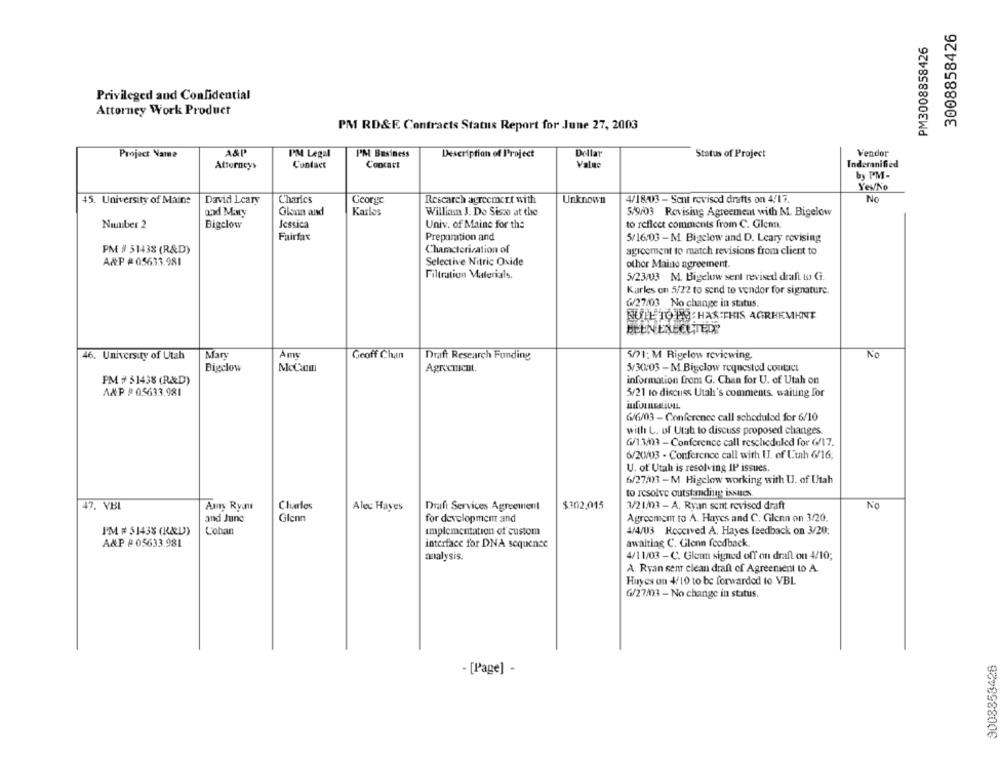
3008858426
PM3008858426
Privileged and Confidential
Attorney Work Product
PM RD&F. Contracts Status Report for June 27, 2003
A&P'
I'M Legal
Dellar
Vendor
Project Name
PM Business
Description of Project
Status of Project
Attorneys
Contact
Concart
Value
Indemnified
by PM-
Yes/No
Charles
Rescarch agreement with
No
45. University of Maine
David Leary
George
Unknown
4/18/03 - Sent revised drafts on 4/17.
Glenn and
Karlos
William J. Do Sisco at the
5/9/03 Revising Agreement with M. Bigelow
Niunber 2
Bigclow
Jessica
Univ. of Maine for the
to reflect comments from C. Glenn.
Fairfax
Preparation and
5/16/03 - M. Bigelow and D. Leary revising
PM # 31438 (R&D)
Chamcterisation of
agicement to match revisions from client to
A&P #05633.981
Selective Nitric Oxide
other Maino agreement.
Filtration Materials.
5/23/03 M. Bigelow sent revised draft to G.
Karles on 5/22 to send to vendor for signature.
6/27/03 No change in status.
BUTL TO PU HAS THIS AGREEMENT
BEEN EXECUTEDY
46. University of Utah
Mary
Geoff Chan
Draft Research Funding
5/71; M Rigelow reviewing.
No
Bigclow
MeCanm
Agreement.
5/30:05 - M. Bigclow requested contact
PM # 51438 (R&D)
information from G. Chan for U. of Utah on
A&P # 05633.981
3/21 to discuss Utali's comments waiting for
6/6/03 - Conference call scheduled for 6/10
with L. of Utah to discuss proposed changes.
6/134)3 - Conference call rescheduled for 6/17.
6/20/03 - Conference call with IJ. of Linh 6/16;
U. of Utah is resolving IP issues.
6/27/03 - M Bigelow working with U. of Utah
to resolve outstanding issues
47. VBL
Amy Ryan
Charles
Alec Hayes
Draft Services Agreement
$302,015
3/21/03 - A. Ryan sent revised draft
No
Glenn
Agreement to A. Hayes and C. Glenn on 3/20.
and June
for development and
I'M # 51438 (R&D))
L'ohan
implementation of custom
4/4/03 Received A. Hayes feedback on 3/20;
A&P # 05633.981
interface for DNA sequence
awaiting C. Glenn feedback.
analysis.
4/11/03 - C. Glem signed off on draft on 4/10;
A. Ryan sent clean draft of Agreement to A.
Huyes on 4/10 to be forwarded to VBL
6/27/03 - No change in status.
9008853428
- [Page] -